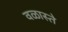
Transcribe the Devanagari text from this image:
वळास्ते